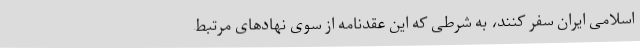
اسلامی ایران سفر کنند، به شرطی که این عقدنامه از سوی نهادهای مرتبط